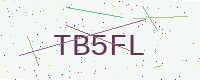
Text: TB5FL